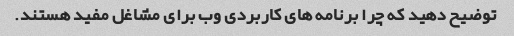
توضیح دهید که چرا برنامه های کاربردی وب برای مشاغل مفید هستند.